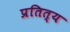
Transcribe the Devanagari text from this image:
प्रतित्य